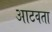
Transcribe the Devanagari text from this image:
आटवता